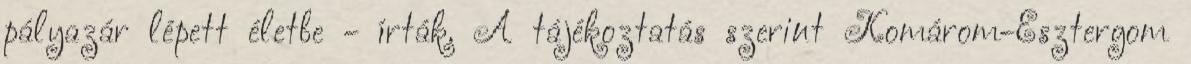
pályazár lépett életbe - írták. A tájékoztatás szerint Komárom-Esztergom